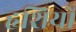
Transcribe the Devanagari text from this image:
हृशियों